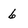
Character: 6